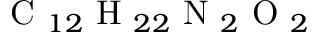
\textrm { C } _ { 1 2 } \textrm { H } _ { 2 2 } \textrm { N } _ { 2 } \textrm { O } _ { 2 }